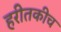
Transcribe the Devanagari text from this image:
हरीतकीच